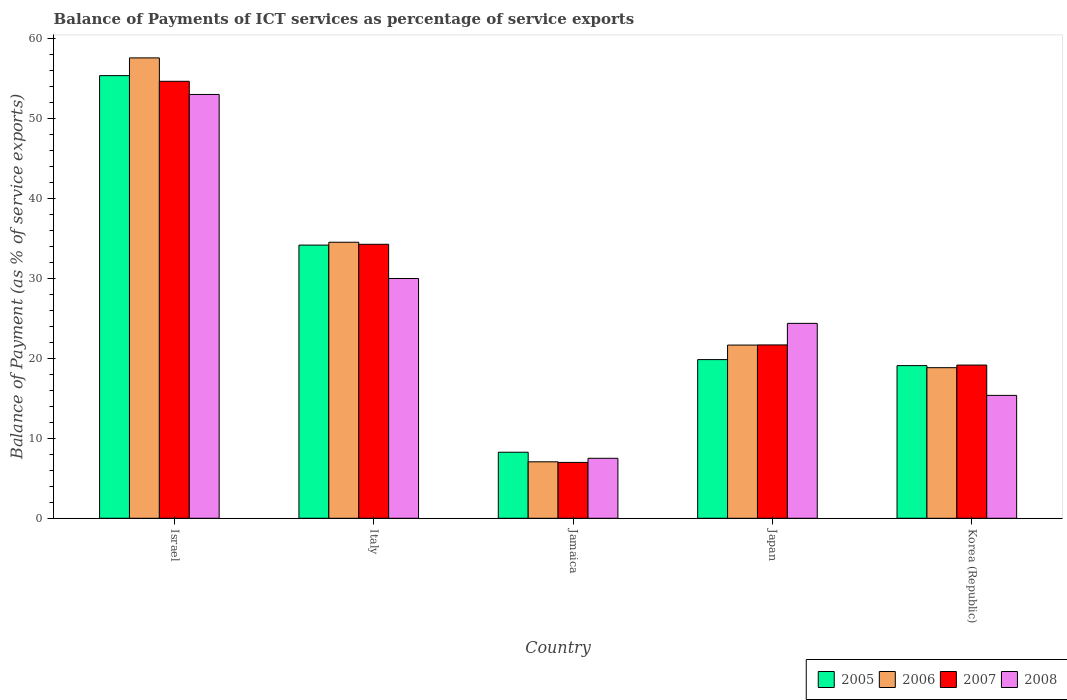
| Country | 2005 | 2006 | 2007 | 2008 |
 | --- | --- | --- | --- | --- |
 | Israel | 55.4 | 57.6 | 54.7 | 53 |
 | Italy | 34.2 | 34.5 | 34.3 | 30 |
 | Jamaica | 8.26 | 7.06 | 6.99 | 7.5 |
 | Japan | 19.8 | 21.7 | 21.7 | 24.4 |
 | Korea (Republic) | 19.1 | 18.8 | 19.2 | 15.4 |